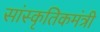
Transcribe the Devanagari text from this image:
सांस्कृतिकमंत्री